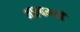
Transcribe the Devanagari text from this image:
आल्बमही